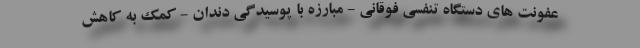
عفونت های دستگاه تنفسی فوقانی - مبارزه با پوسیدگی دندان - کمک به کاهش